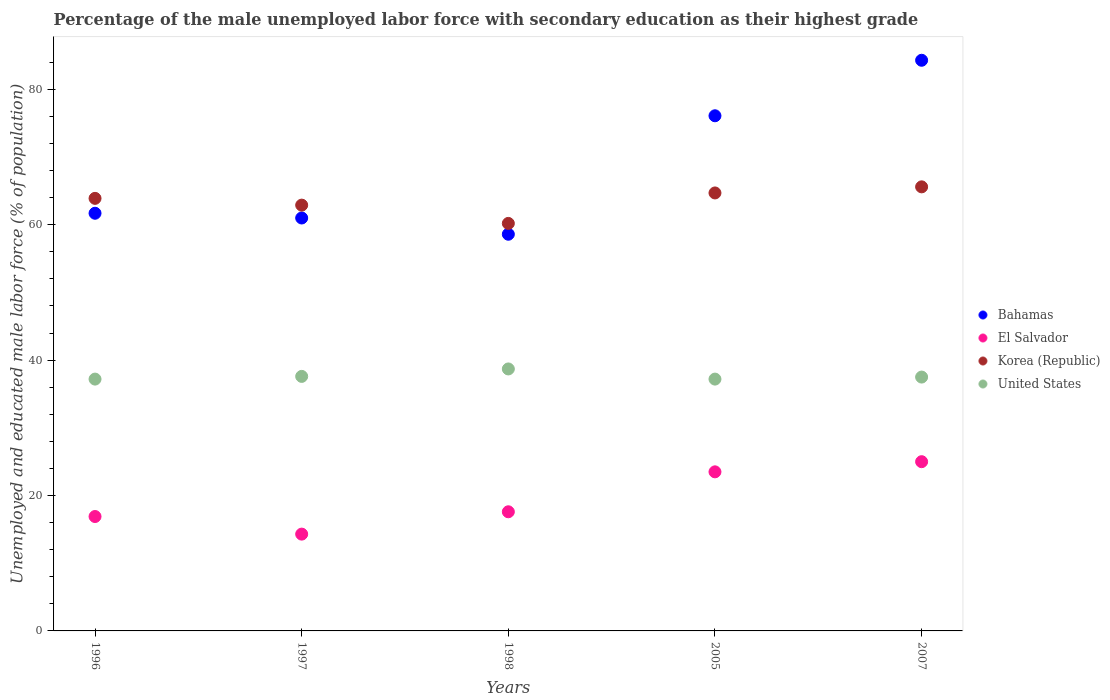
| Years | Bahamas | El Salvador | Korea (Republic) | United States |
 | --- | --- | --- | --- | --- |
 | 1996 | 61.7 | 16.9 | 63.9 | 37.2 |
 | 1997 | 61 | 14.3 | 62.9 | 37.6 |
 | 1998 | 58.6 | 17.6 | 60.2 | 38.7 |
 | 2005 | 76.1 | 23.5 | 64.7 | 37.2 |
 | 2007 | 84.3 | 25 | 65.6 | 37.5 |